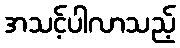
အသင့်ပါလာသည့်